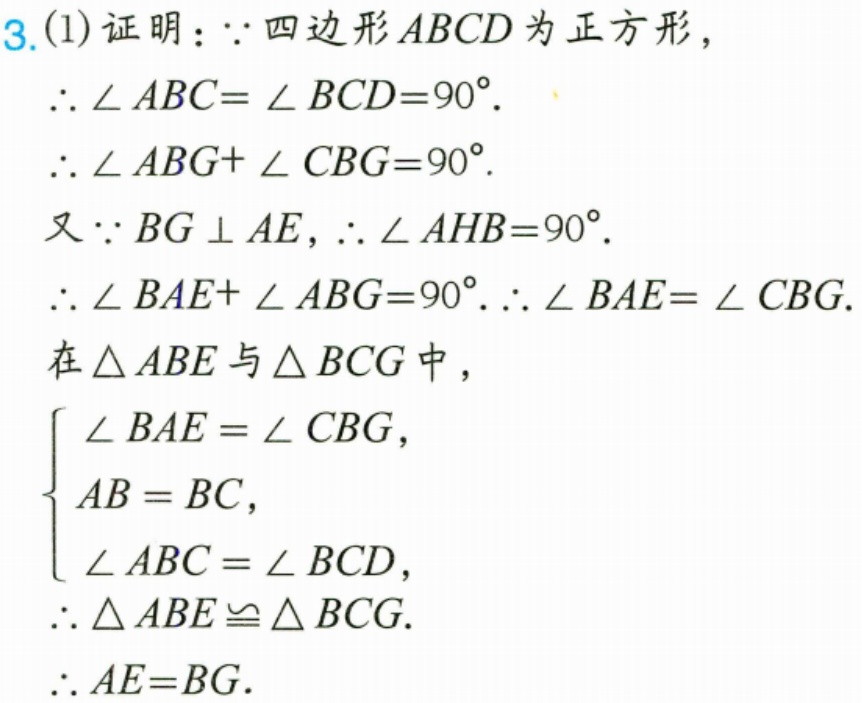
3.(1)证明：\(\because\)四边形\(ABCD\)为正方形，
\(\therefore\angle ABC = \angle BCD = 90^{\circ}\).
\(\therefore\angle ABG+\angle CBG = 90^{\circ}\).
又\(\because BG\perp AE\)，\(\therefore\angle AHB = 90^{\circ}\).
\(\therefore\angle BAE+\angle ABG = 90^{\circ}\).\(\therefore\angle BAE=\angle CBG\).
在\(\triangle ABE\)与\(\triangle BCG\)中，
\(\begin{cases}
\angle BAE=\angle CBG,\\
AB = BC,\\
\angle ABC=\angle BCD,
\end{cases}\)
\(\therefore\triangle ABE\cong\triangle BCG\).
\(\therefore AE = BG\).